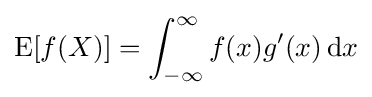
\operatorname {E} [f(X)]=\int _{-\infty }^{\infty }f(x)g'(x)\,\mathrm {d} x